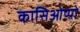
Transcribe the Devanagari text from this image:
कासिओप्पो